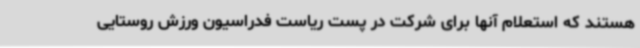
هستند که استعلام آنها برای شرکت در پست ریاست فدراسیون ورزش روستایی